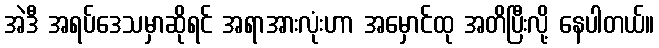
အဲဒီ အရပ်ဒေသမှာဆိုရင် အရာအားလုံးဟာ အမှောင်ထု အတိပြီးလို့ နေပါတယ်။